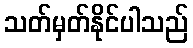
သတ်မှတ်နိုင်ပါသည်